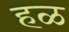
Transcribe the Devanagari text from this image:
हळ